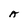
Character: A